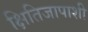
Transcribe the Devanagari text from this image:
क्षितिजापाशी